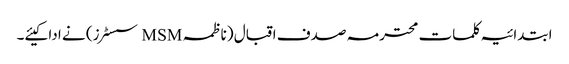
ابتدائیہ کلمات محترمہ صدف اقبال (ناظمہ MSM سسٹرز) نے ادا کیئے۔